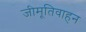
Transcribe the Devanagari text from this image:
जीमूतिवाहन